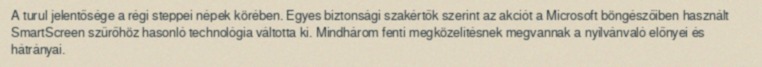
A turul jelentősége a régi steppei népek körében. Egyes biztonsági szakértők szerint az akciót a Microsoft böngészőiben használt SmartScreen szűrőhöz hasonló technológia váltotta ki. Mindhárom fenti megközelítésnek megvannak a nyilvánvaló előnyei és hátrányai.